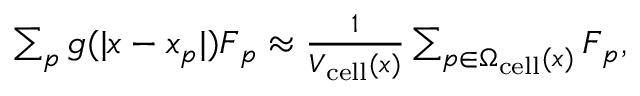
\begin{array} { r } { \sum _ { p } g ( | \boldsymbol { x } - \boldsymbol { x } _ { p } | ) \boldsymbol { F } _ { p } \approx \frac { 1 } { V _ { \mathrm { c e l l } } ( \boldsymbol { x } ) } \sum _ { p \in \Omega _ { \mathrm { c e l l } } ( \boldsymbol { x } ) } \boldsymbol { F } _ { p } , } \end{array}